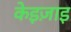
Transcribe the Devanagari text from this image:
केइज़ाइ